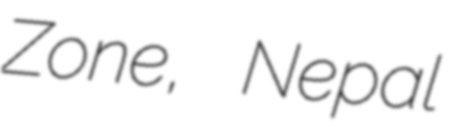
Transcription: Zone, Nepal